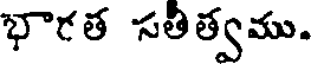
భారత సతీత్వము.